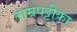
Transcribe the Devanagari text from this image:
ताम्रपट्टीका